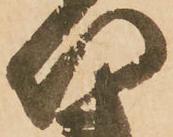
以